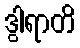
ဒွါရာတိ